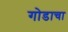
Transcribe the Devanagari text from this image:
गोडाचा